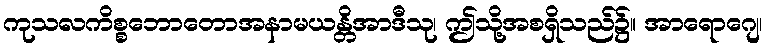
ကုသလကိစ္စဘောတောအနာမယန္တိအာဒီသု၊ ဤသို့အစရှိသည်၌။ အာရောဂျေ၊